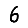
Digit: 6